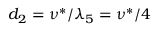
d _ { 2 } = \nu ^ { * } / \lambda _ { 5 } = \nu ^ { * } / 4